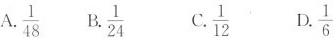
A.\frac{1}{48} B.\frac{1}{24} C.\frac{1}{12} D.\frac{1}{6}